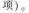
项)。